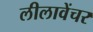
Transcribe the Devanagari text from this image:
लीलावेंचर